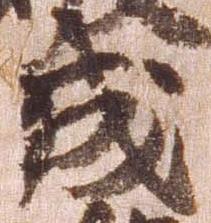
成